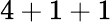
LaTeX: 4+1+1